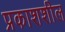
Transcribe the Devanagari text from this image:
प्रकाशशील